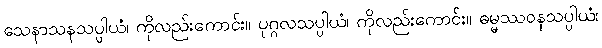
သေနာသနသပ္ပါယံ၊ ကိုလည်းကောင်း။ ပုဂ္ဂလသပ္ပါယံ၊ ကိုလည်းကောင်း။ ဓမ္မဿဝနသပ္ပါယံ၊